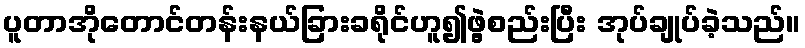
ပူတာအိုတောင်တန်းနယ်ခြားခရိုင်ဟူ၍ဖွဲ့စည်းပြီး အုပ်ချုပ်ခဲ့သည်။